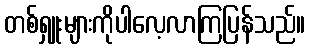
တစ်ရှူးများကိုပါလေ့လာကြပြန်သည်။